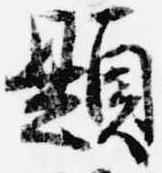
題